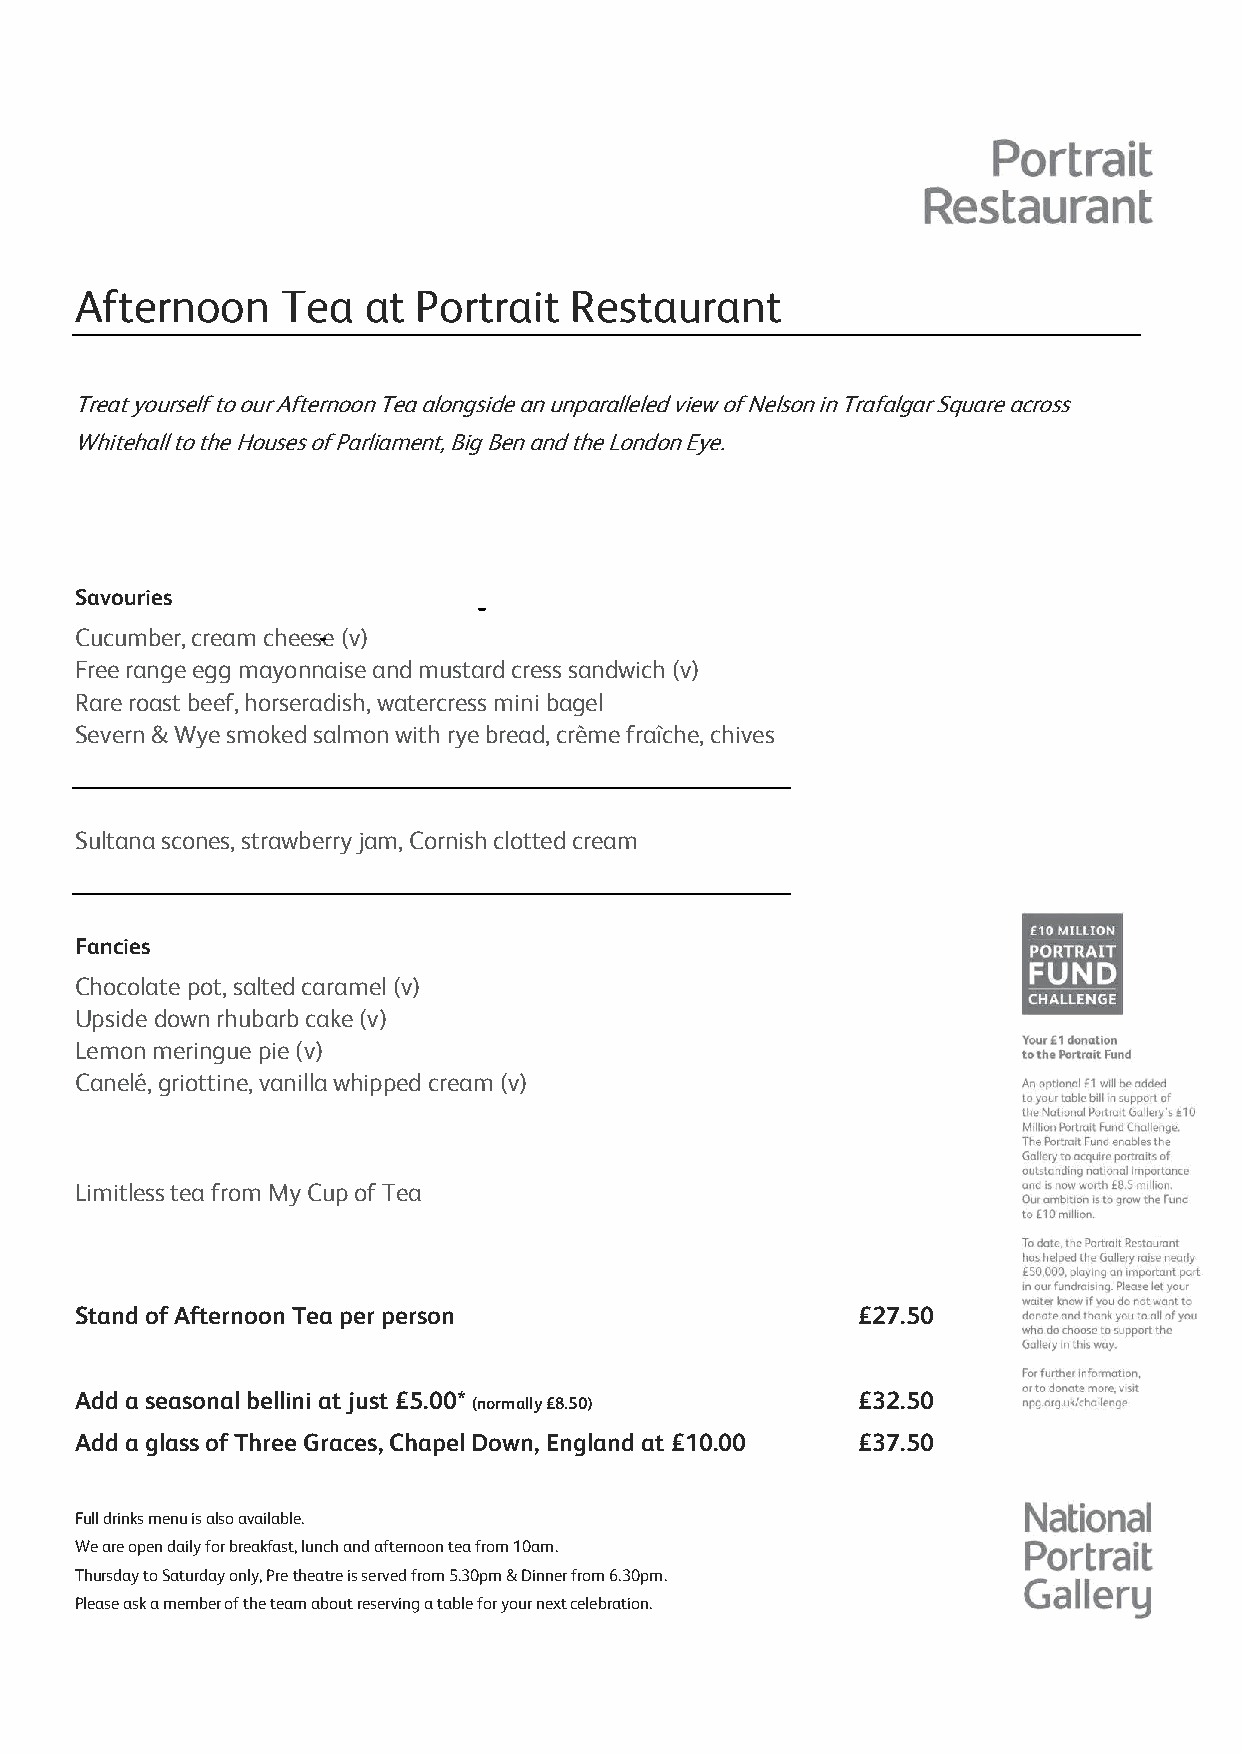
Afternoon     Tea  at  Portrait  Restaurant
 Treat yourself to our Afternoon Tea alongside an unparalleled view of Nelson in Trafalgar Square across
 Whitehall to the Houses of Parliament, Big Ben and the London Eye.
 Savouries
 Cucumber, cream cheese (v)
 Free range egg mayonnaise and mustard cress sandwich (v)
 Rare roast beef, horseradish, watercress mini bagel
 Severn & Wye smoked salmon with rye bread, crème fraîche, chives
 Sultana scones, strawberry jam, Cornish clotted cream
 Fancies
 Chocolate pot, salted caramel (v)
 Upside down rhubarb cake (v)
 Lemon meringue pie (v)
 Canelé, griottine, vanilla whipped cream (v)
 Limitless tea from My Cup of Tea
 Stand of Afternoon Tea per person                   £27.50
 Add a seasonal bellini at just £5.00*               £32.50
 (normally £8.50)
 Add a glass of Three Graces, Chapel Down, England at £10.00 £37.50
 Full drinks menu is also available.
 We are open daily for breakfast, lunch and afternoon tea from 10am.
 Thursday to Saturday only, Pre theatre is served from 5.30pm & Dinner from 6.30pm.
 Please ask a member of the team about reserving a table for your next celebration.